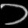
Digit: ၁